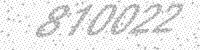
Solution: 810022